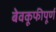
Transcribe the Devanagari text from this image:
बेवकूफीपूर्ण